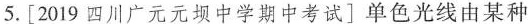
5.[2019四川广元元坝中学期中考试]单色光线由某种